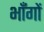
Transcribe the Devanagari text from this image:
भाँगों